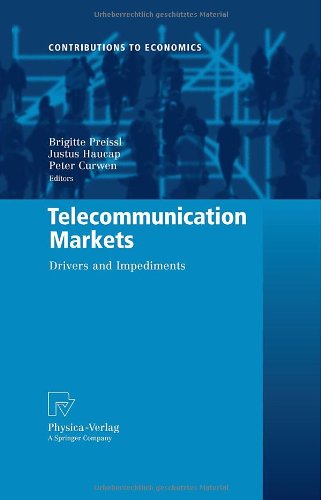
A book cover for Telecommunication Markets: Drivers and Impediments (Contributions to Economics); Computers & Technology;